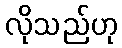
လိုသည်ဟု